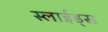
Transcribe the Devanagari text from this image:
स्लाईड्स